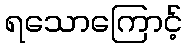
ရသောကြောင့်